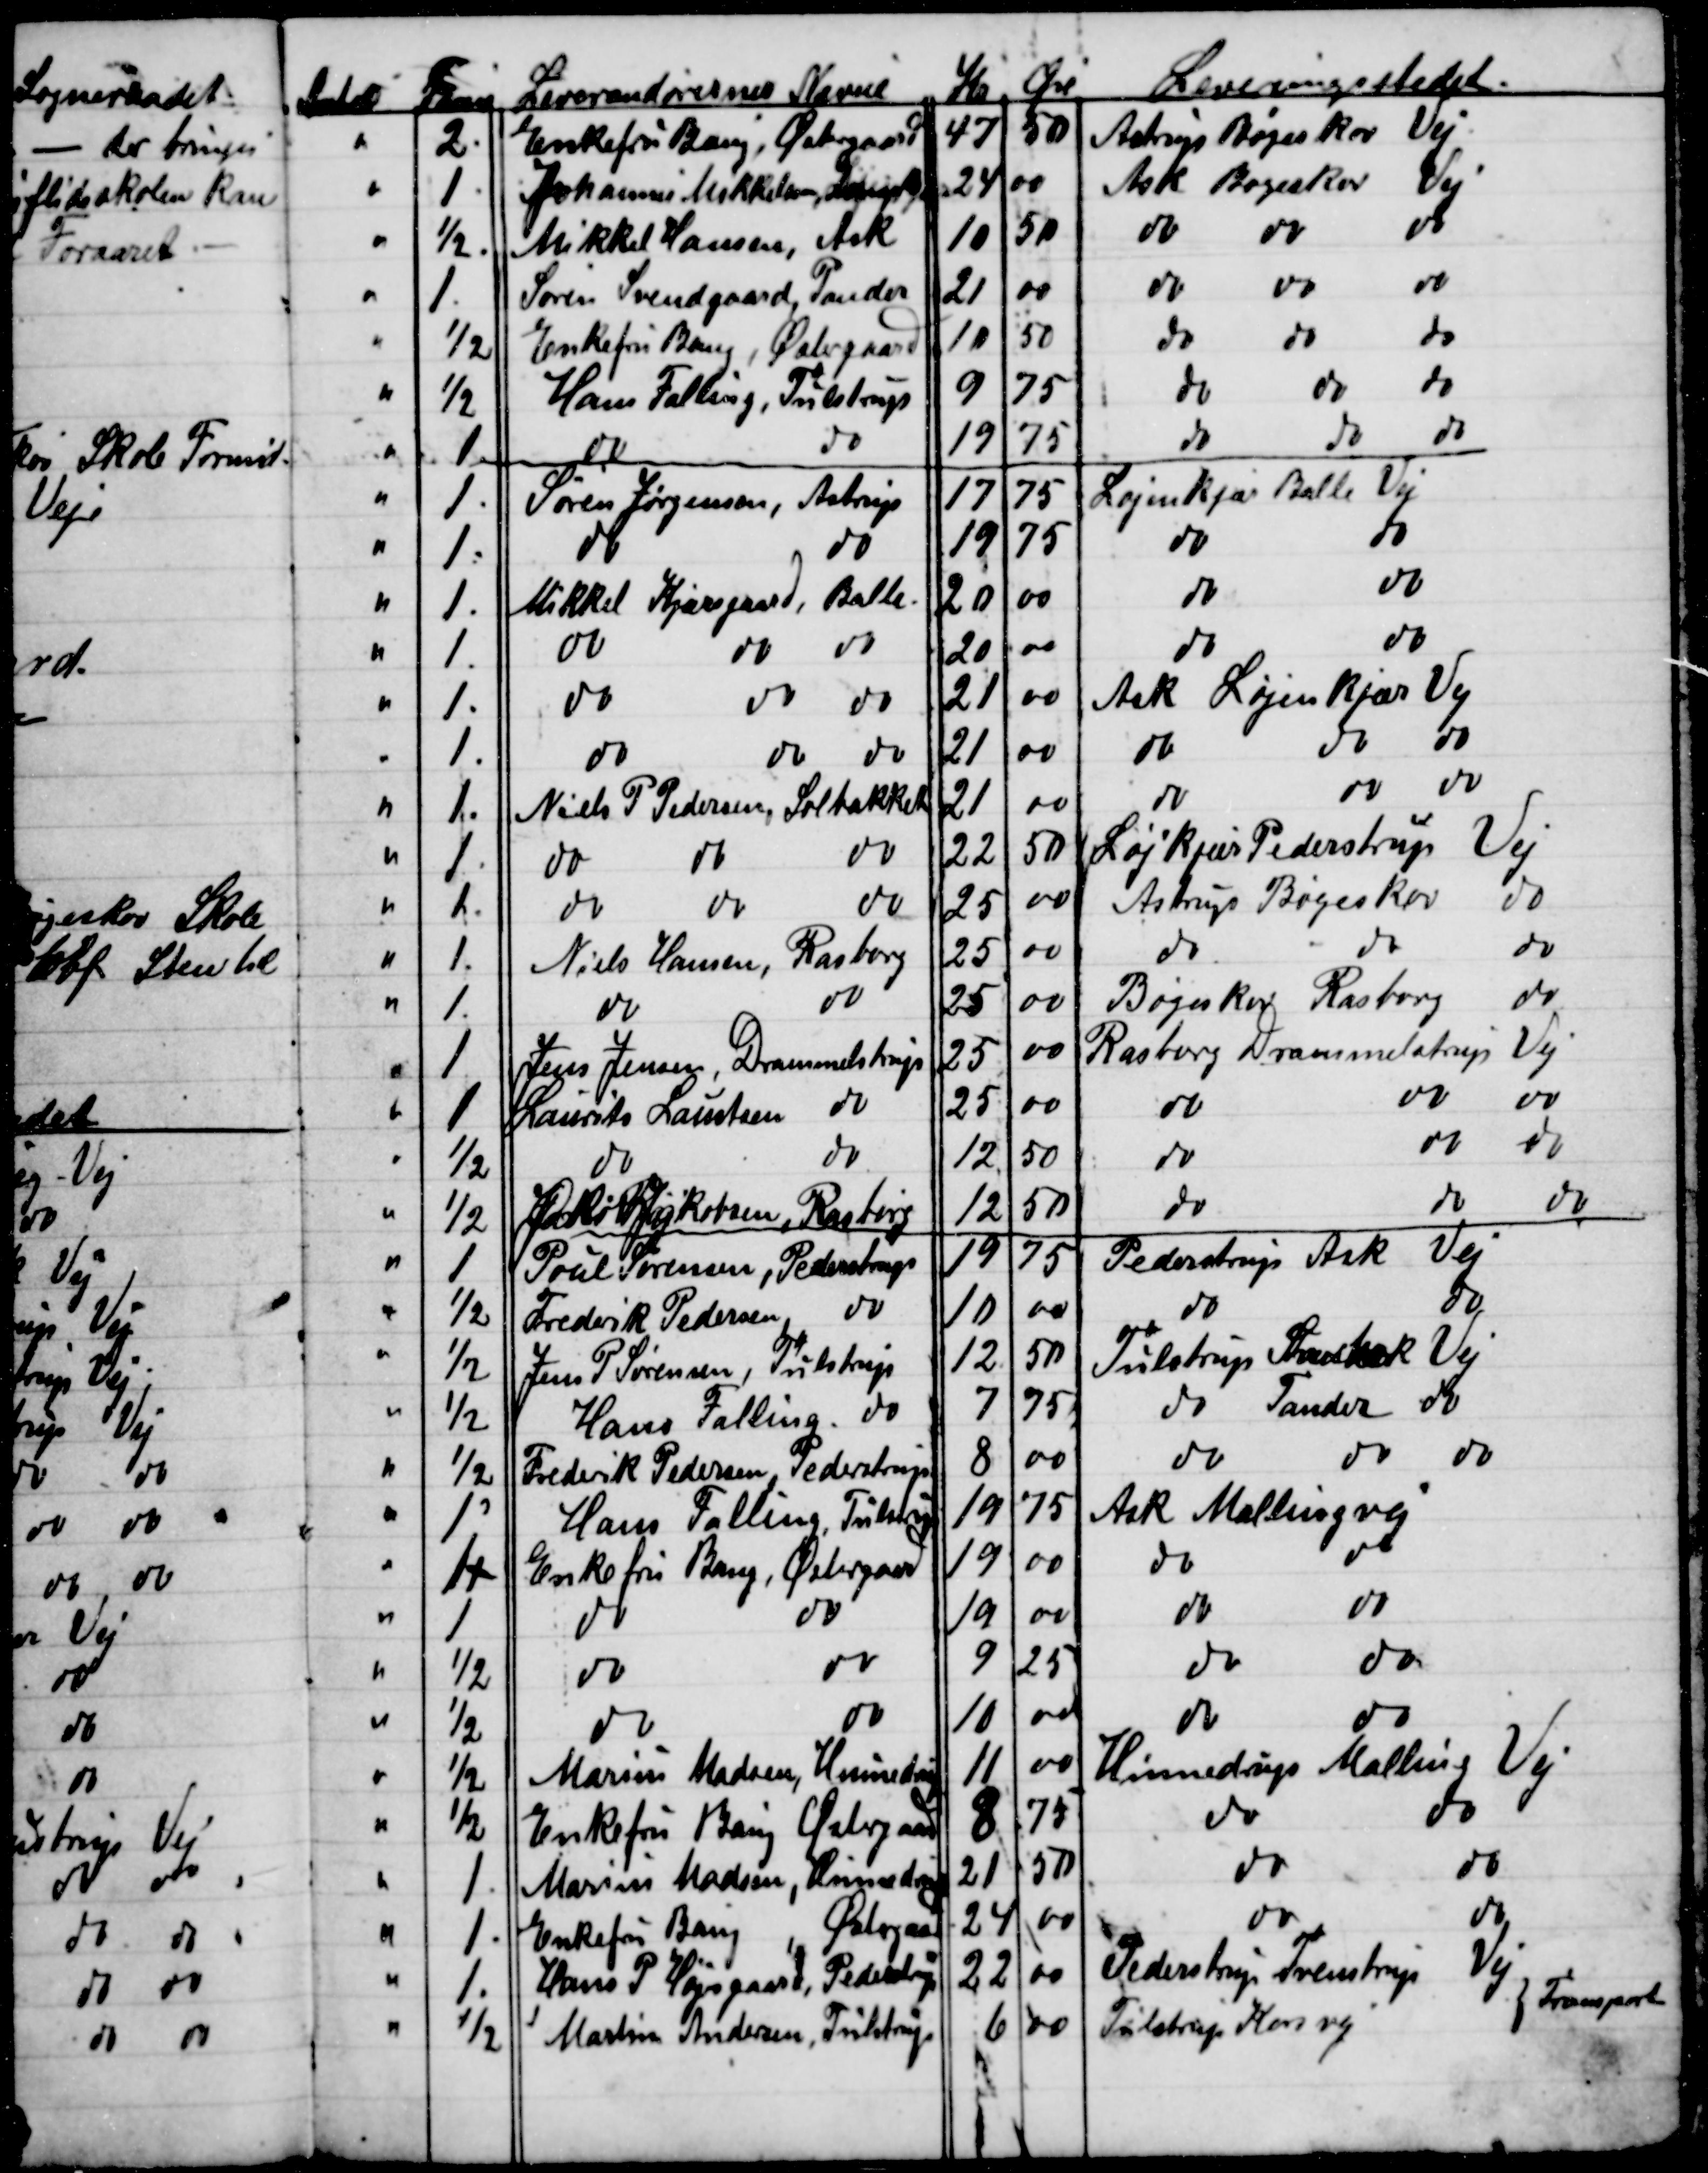
Transskription:
Antal  Favne
Leverandørernes Navne
Kr
Øre
Leveringsstedet.
2
Enkefru Bang, Østergaard
47
50
Astrup Bøgeskov Vej
1
Johannes Mikkelsen, 
24
00
Ask Bøgeskov Vej
½
Mikkel Hansen, Ask
10
50
do
do
do
1
Søren Svendgaard Tander
21
00
do
do
do
½
Enkefru Bang, Østergaard
10
50
do
do
do
½
Hans Falling, Tulstrup
9
75
do
do
do
1
do
do
19
75
do
do
do
1
Søren Jørgensen, Astrup
17
75
Løjenkjær Balle Vej
1
do
do
19
75
do
do
1
Mikkel Kjærsgaard, Balle
20
00
do
do
1
do
do
do
20
00
do
do
1
do
do  
do  
21
00
Ask Løjenkjær Vej
1
do
do
do
21
00
do
do  
do  
1
Niels P Pedersen, Solbakken
21
00
do
do  
do  
1
do
do
do
22
50
Løjenkjær Pederstrup Vej
1
do
do
do
25
00
Astrup Bøgeskov
do
1
Niels Hansen, Rasborg
25
00
do
do
do
1
do
do
25
00
Bøgeskov Rasborg
do
1
Jens Jensen, Drammelstrup
25
00
Rasborg Drammelstrup Vej
1
Laurits Laustsen
do
25
00
do
do
do
½
do
do
12
50
do
do
do
½
Jakob Jakobsen, Rasborg
12
50
do
do
do
1
Poul Sørensen, Pederstrup
19
75
Pederstrup Ask Vej
½
Frederik Pedersen
do
10
00
do
do
½
Jens P. Sørensen, Tulstrup
12
50
Tulstrup Svorbæk Vej
½
Hans Falling. do
7
75
do
Tander
do
½
Frederik Pedersen, Pederstrup
8
00
do
do
do
1
Hans Falling, Tulstrup
19
75
Ask Mallingvej
11
Enkefru Bang, Østergaard
19
00
do
do
1
do
do
19
00
do
do
½
do
do
9
25
do
do
½
do
do
10
00
do
do
½
Marius Madsen, Hinnedrup
11
00
Hinnedrup Malling Vej
½
Enkefru Bang Østergaard
8
75
do
do
1
Marius Madsen, Hinnedrup
21
50
do
do
1
Enkefru Bang
Østergaard
24
00
do
do
1
Hans P. Højsgaard, Pederstrup
22
00
Pederstrup Tvenstrup
Vej
½
Martin Andersen, Tulstrup
6
00
Tulstrup Korsvej
Transport